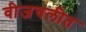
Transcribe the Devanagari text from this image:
वीजचलीत